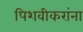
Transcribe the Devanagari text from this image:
पिशवीकरांना